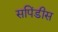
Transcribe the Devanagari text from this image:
सपिंडीस